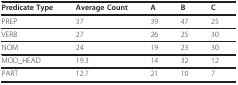
<table><thead><tr><td><b>Predicate Type</b></td><td><b>Average Count</b></td><td><b>A</b></td><td><b>B</b></td><td><b>C</b></td></tr></thead><tbody><tr><td>PREP</td><td>37</td><td>39</td><td>47</td><td>25</td></tr><tr><td>VERB</td><td>27</td><td>26</td><td>25</td><td>30</td></tr><tr><td>NOM</td><td>24</td><td>19</td><td>23</td><td>30</td></tr><tr><td>MOD_HEAD</td><td>19.3</td><td>14</td><td>32</td><td>12</td></tr><tr><td>PART</td><td>12.7</td><td>21</td><td>10</td><td>7</td></tr></tbody></table>